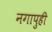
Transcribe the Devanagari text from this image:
नगापुही